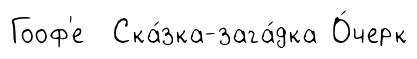
Гооф'е Ска́зка-зага́дка О́черк